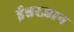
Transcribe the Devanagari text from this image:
ईश्वरज्ञान